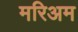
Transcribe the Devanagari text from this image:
मरिअम